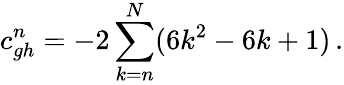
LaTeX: c_{gh}^{n}=-2\sum_{k=n}^{N}(6k^{2}-6k+1)\, .